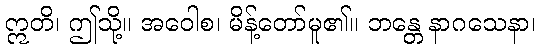
ဣတိ၊ ဤသို့။ အဝေါစ၊ မိန့်တော်မူ၏။ ဘန္တေ နာဂသေနာ၊